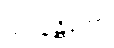
သဝနန္တိကော